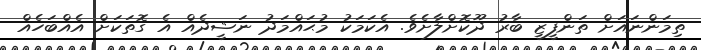
ތިމަންނައަށް ތަންފީޒީ ބާރު ދޫކޮށްލާށެވެ. އެކަމަކު މުޙައްމަދު ނަޝީދެއް އެ ގޮތަކަށް އެއްބަހެއް